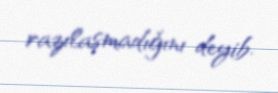
razılaşmadığını deyib.